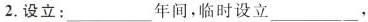
2.设立：___年间，临时设立___，